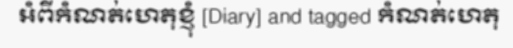
អំពីកំណត់ហេតុខ្ញុំ [Diary] and tagged កំណត់ហេតុ